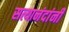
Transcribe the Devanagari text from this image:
सत्यानंदांनी